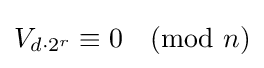
V_{d\cdot 2^{r}}\equiv 0{\pmod {n}}